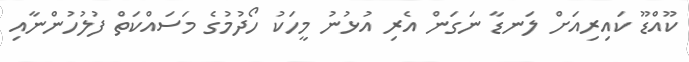
ކޫއްޑޫ ކައިރިއަށް ލަނޑާ ނަގަން އެރި އުޅުނު މީހަކު ހޯދުމުގެ މަސައްކަތް ފުލުހުންނާއި